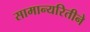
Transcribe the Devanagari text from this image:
सामान्यरितीने